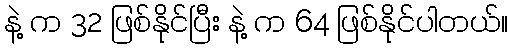
နဲ့ က 32 ဖြစ်နိုင်ပြီး နဲ့ က 64 ဖြစ်နိုင်ပါတယ်။